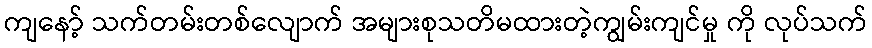
ကျနော့် သက်တမ်းတစ်လျောက် အများစုသတိမထားတဲ့ကျွမ်းကျင်မှု ကို လုပ်သက်